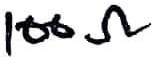
Text: 100Ω